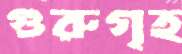
গুরুগৃহ